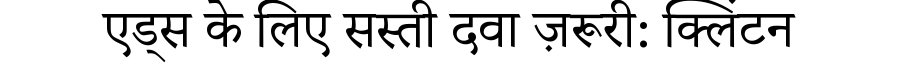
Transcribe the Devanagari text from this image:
एड्स के लिए सस्ती दवा ज़रूरी: क्लिंटन